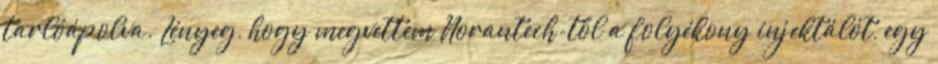
tarlóápolva. Lényeg, hogy megvettem Norantech-től a folyékony injektálót, egy